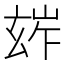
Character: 𤣧